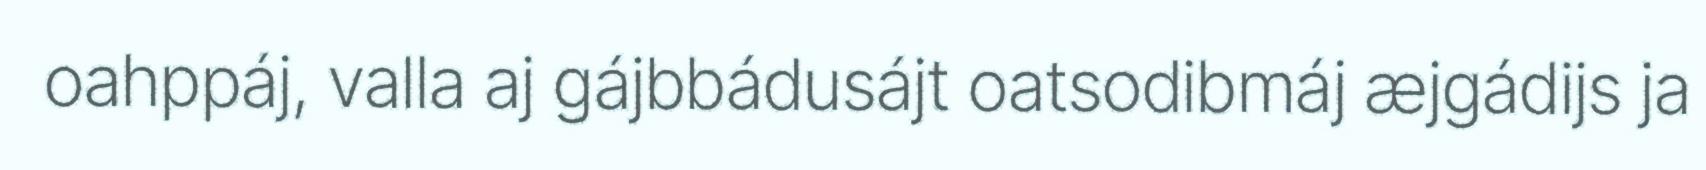
oahppáj, valla aj gájbbádusájt oatsodibmáj æjgádijs ja